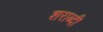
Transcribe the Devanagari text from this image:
शराब्दी